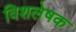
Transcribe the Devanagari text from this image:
विशलेषक